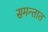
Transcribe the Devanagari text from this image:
समन्तात